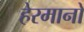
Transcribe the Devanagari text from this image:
हेरमानो